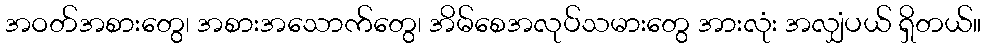
အဝတ်အစားတွေ၊ အစားအသောက်တွေ၊ အိမ်စေအလုပ်သမားတွေ အားလုံး အလျှံပယ် ရှိတယ်။